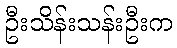
ဦးသိန်းသန်းဦးက